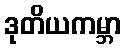
ဒုတိယကမ္ဘာ